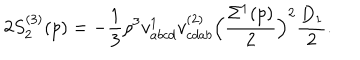
LaTeX: 2 S _ { 2 } ^ { ( 3 ) } ( p ) = - \frac { 1 } { 3 } \rho ^ { 3 } v _ { a b c d } ^ { 1 } v _ { c d a b } ^ { ( 2 ) } \Bigl ( \frac { \Sigma ^ { 1 } ( p ) } { 2 } \Bigr ) ^ { 2 } \frac { D _ { 1 } } { 2 } .